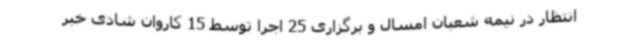
انتظار در نیمه شعبان امسال و برگزاری 25 اجرا توسط 15 کاروان شادی خبر